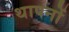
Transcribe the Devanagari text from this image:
थापनों